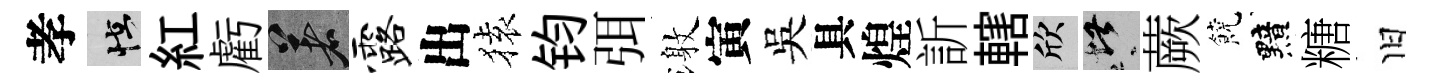
孝怪紅虧著露出𫞤钧弭激寅吳具煌訢轄欣堪蕨饒黯糖旧